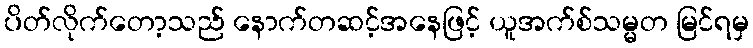
ပိတ်လိုက်တော့သည် နောက်တဆင့်အနေဖြင့် ယူအက်စ်သမ္မတ မြင်ရမှ